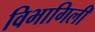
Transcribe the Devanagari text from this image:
विभागिली